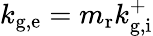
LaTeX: k_{\mathrm{g,e}}=m_{\mathrm{r}}k_{\mathrm{g,i}}^{+}